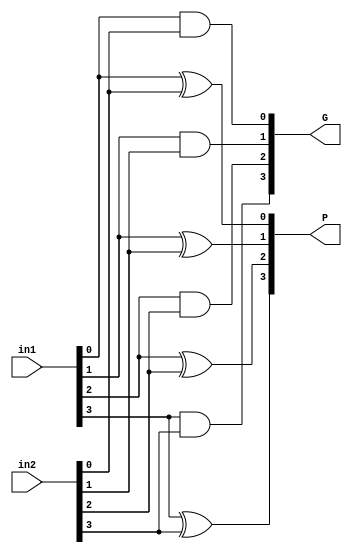
module PGGen #(
    parameter bit_width = 4
) (
    input  [bit_width-1:0] in1,
    input  [bit_width-1:0] in2,
    output [bit_width-1:0] P,
    output [bit_width-1:0] G
);

    genvar i;
    generate
        for (i = 0; i < bit_width; i = i + 1) begin : PG_Gen
            assign P[i] = in1[i] ^ in2[i];
            assign G[i] = in1[i] & in2[i]; 
        end
    endgenerate

endmodule